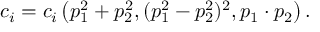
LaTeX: c _ { i } = c _ { i } \left( p _ { 1 } ^ { 2 } + p _ { 2 } ^ { 2 } , ( p _ { 1 } ^ { 2 } - p _ { 2 } ^ { 2 } ) ^ { 2 } , p _ { 1 } \cdot p _ { 2 } \right) .